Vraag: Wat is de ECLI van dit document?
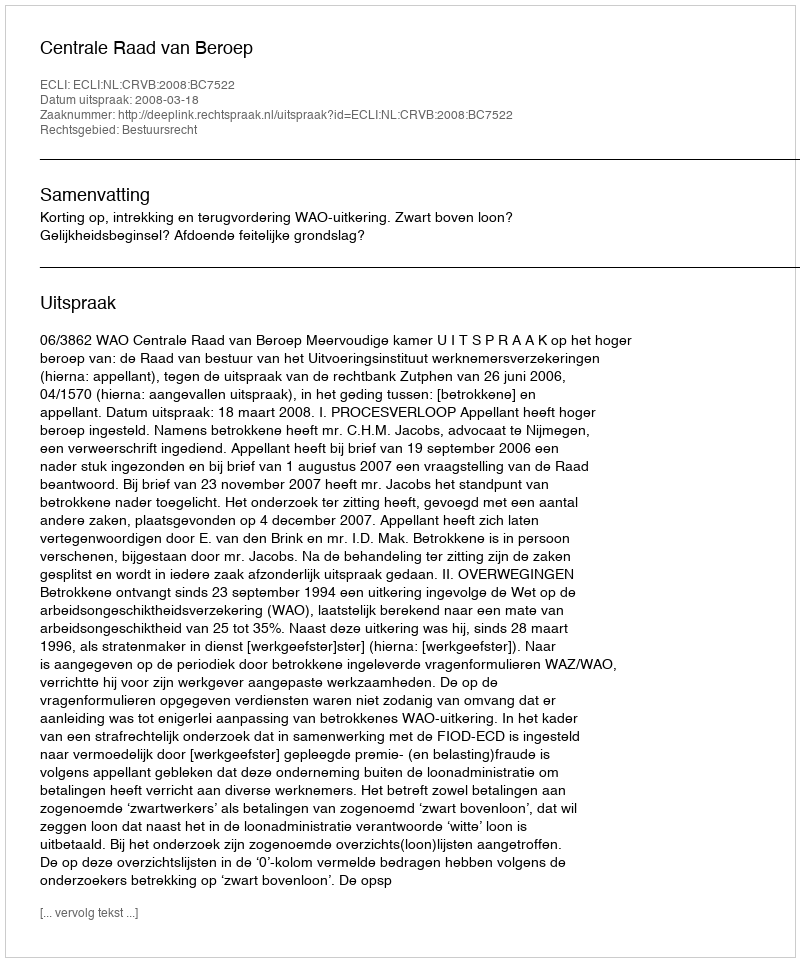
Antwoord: ECLI:NL:CRVB:2008:BC7522